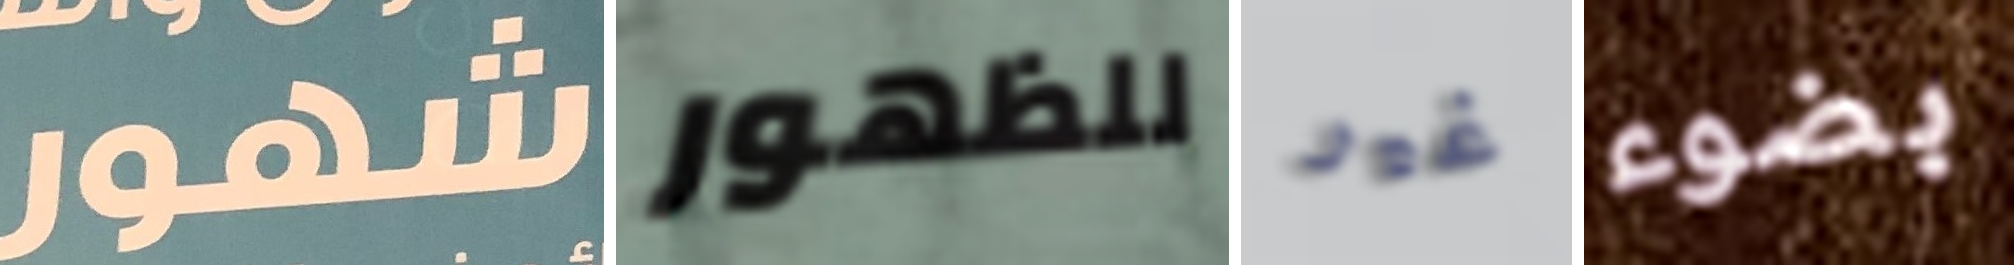
شهور للظهور غير بضوء